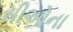
સીઓના